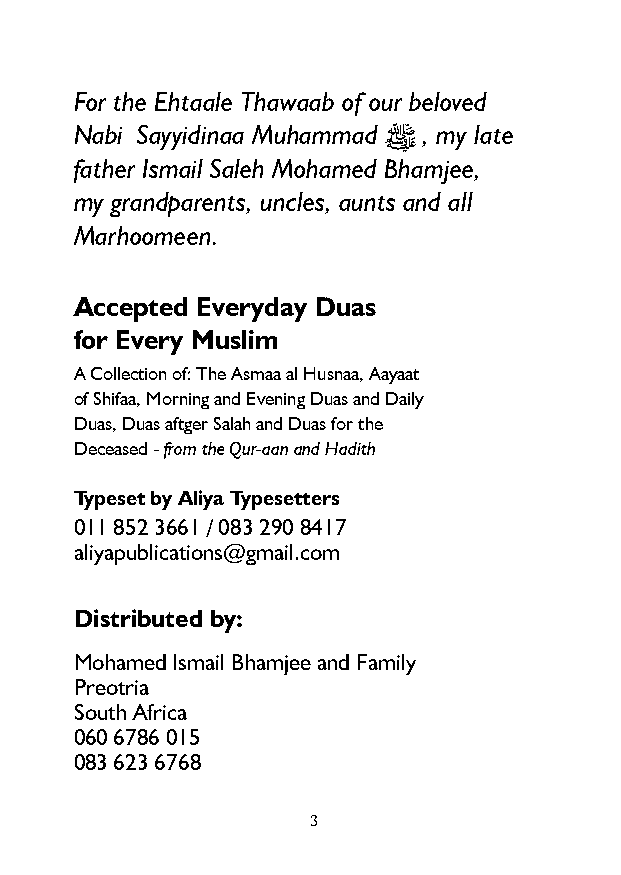
For the Ehtaale Thawaab of our beloved
 Nabi Sayyidinaa Muhammad , my late
 ﷺ
 father Ismail Saleh Mohamed Bhamjee,
 my grandparents, uncles, aunts and all
 Marhoomeen.
 Accepted Everyday Duas
 for Every Muslim
 A Collection of: The Asmaa al Husnaa, Aayaat
 of Shifaa, Morning and Evening Duas and Daily
 Duas, Duas aftger Salah and Duas for the
 Deceased - from the Qur-aan and Hadith
 Typeset by Aliya Typesetters
 011 852 3661 / 083 290 8417
 aliyapublications@gmail.com
 Distributed by:
 Mohamed Ismail Bhamjee and Family
 Preotria
 South Africa
 060 6786 015
 083 623 6768
 3